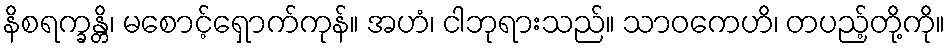
နိစရက္ခန္တိ၊ မစောင့်ရှောက်ကုန်။ အဟံ၊ ငါဘုရားသည်။ သာဝကေဟိ၊ တပည့်တို့ကို။